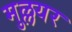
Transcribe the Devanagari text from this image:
मुल्लयर